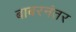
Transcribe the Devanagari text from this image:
बाबरनंतर